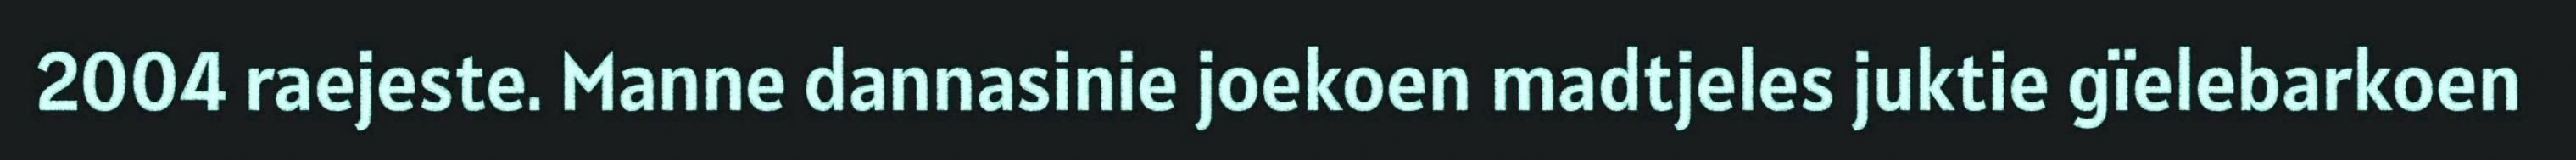
2004 raejeste. Manne dannasinie joekoen madtjeles juktie gïelebarkoen